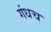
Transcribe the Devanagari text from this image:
गंधच